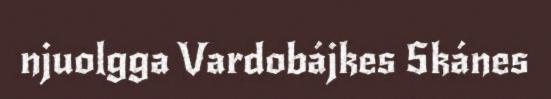
njuolgga Vardobájkes Skánes